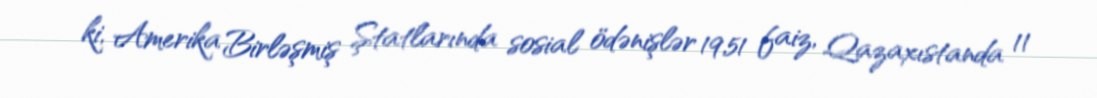
ki, Amerika Birləşmiş Ştatlarında sosial ödənişlər 19,51 faiz, Qazaxıstanda 11